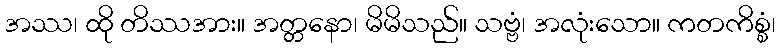
အဿ၊ ထို တိဿအား။ အတ္တနော၊ မိမိသည်။ သဗ္ဗံ၊ အလုံးသော။ ကတကိစ္စံ၊